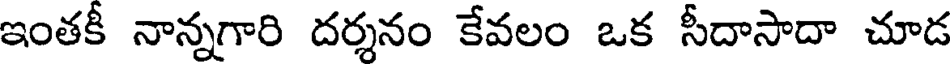
ఇంతకీ నాన్నగారి దర్శనం కేవలం ఒక సీదాసాదా చూడ